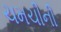
ચમચીની